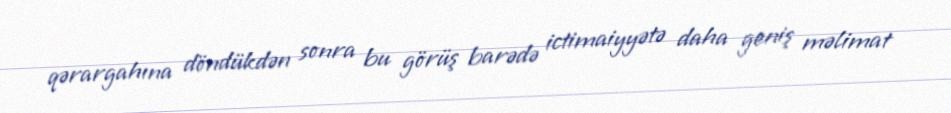
qərargahına döndükdən sonra bu görüş barədə ictimaiyyətə daha geniş məlimat